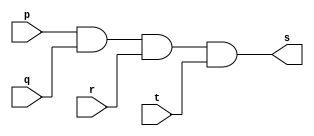

// Exercicio0008 - AND
// Nome: tila Martins Silva Jnior

// -- and gate
module andgate ( output s,
input p,
input q,
input r,
input t);
and(s, p, q, r, t);
endmodule // andgate

// -- test and gate
module testandgate;

// -- dados locais
reg a, b, c, d; // definir registradores
wire s; // definir conexao (fio)

// -- instancia
andgate AND1 (s, a, b, c, d);

// -- preparacao
initial begin:start
// atribuicao simultanea
// dos valores iniciais
a=0; b=0; c=0; d=0;
end

// --- parte principal
initial begin
$display("Exercicio0008 - tila Martins - 449014");
$display("Test AND gate");
$monitor("%b & %b & %b & %b = %b", a, b, c, d, s);
#1 a=0; b=0; c=0; d=0;
#1 a=0; b=0; c=1; d=1;
#1 a=1; b=1; c=1; d=1;
end
endmodule // testandgate